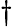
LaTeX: \dagger